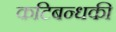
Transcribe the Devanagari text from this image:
कटिबन्धकी